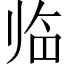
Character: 临